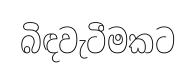
බිඳවැටීමකට